Report on sanitation, dispensaries, and jails in Rajputana for 1919, and on vaccination for the year 1919-1920 - 1919-1920
Year: 1919
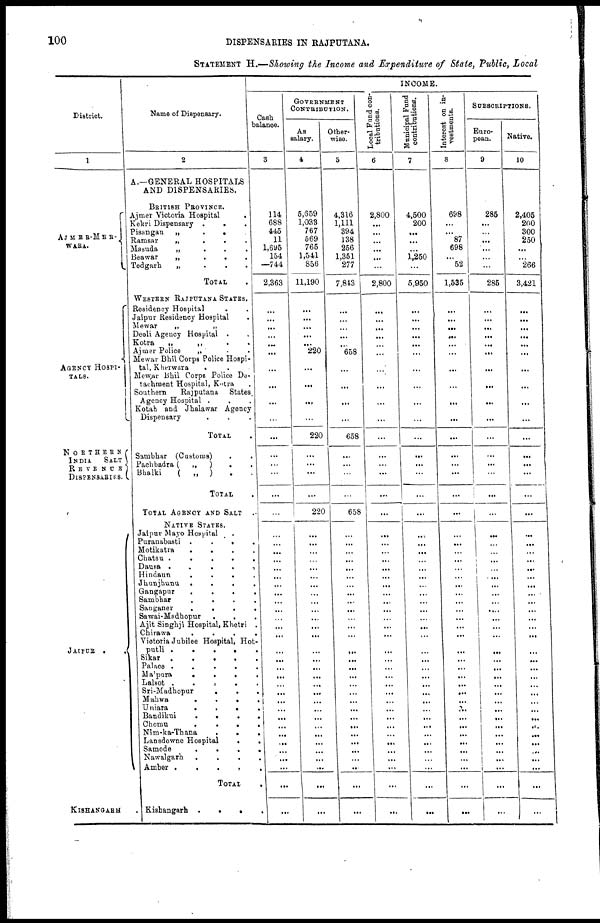
100
DISPENSARIES IN RAJPUTANA.
STATEMENT H.—Showing the Income and Expenditure of State, Public, Local
District.
1
AJMER
MER-
WARA.
AGENCY HOSPI-
----.
NORTHERN
INDIA
SALT
REVENUE
DISPENSARIES.
JAIPUR
.
.
KISHANGARH .
Name of Dispensary.
2
A.—GENERAL HOSPITALS
AND DISPENSARIES.
BRITISH PROVINCE.
Ajmer Victoria Hospital .
Kekri Dispensary .
.
.
Pisangan
„
.
.
.
Ramsar
„
.
.
.
Masuda
„
.
.
.
Beawar
„
.
.
.
Todgarh
„
.
.
.
TOTAL .
WESTERN RAJPUTANA STATES.
Residency Hospital . .
Jaipur Residency Hospital .
Mewar
„
„
Deoli Agency Hospital . .
Kotra
„
„ . .
Ajmer Police
„ . .
Mewar Bhil Corps Police Hospi-
tal, Kherwara . .
Mewar Bhil Corps Police De-
tachment Hospital, Kotra .
Southern
Rajputana
States
Agency Hospital . . .
Kotah and Jhalawar Agency
Dispensary . . .
TOTAL .
Sambhar (Customs) . .
Pachbadra (
„
) . .
Bhalki
(
„
) . .
TOTAL .
TOTAL AGENCY AND SALT .
NATICE STATES.
Jaipur Mayo Hospital .
Puranabasti . . . .
Motikatra
.
.
.
.
Chatsu
.
.
.
.
Dausa
.
.
.
.
Hindaun
.
.
.
.
Jhunjhunu
.
.
.
.
Gangapur
.
.
.
.
Sambhar
.
.
.
.
Sanganer
.
.
.
.
Sawai-Madhopur . . . .
Ajit Singhi Hospital, Khetri .
Chirawa
.
.
.
.
Victoria Jubilee Hospital, Hot-
putli
.
.
.
.
Sikar
.
.
.
.
Palace
.
.
.
.
Malpura
.
.
.
.
Lalsot . . . .
Sri-Madhopur
.
.
.
.
Mahwa
.
.
.
.
Uniara
.
.
.
.
Bandikui
.
.
.
.
Chomu
.
.
.
.
Nim-ka-Thana
.
.
.
Lansdowne Hospital
.
.
Samode
.
.
.
.
Nawalgarh
.
.
.
.
Amber
.
.
.
.
TOTAL .
Kishangarh
.
.
.
.
INCOME.
Cash
balance.
3
114
688
445
11
1,695
154
—744
2,363
...
...
...
...
...
...
...
...
...
...
...
...
...
...
...
...
...
...
...
...
...
...
...
...
...
...
...
...
...
...
...
...
...
...
...
...
...
...
...
...
...
...
...
...
...
...
GOVERNMENT
CONTRIBUTION.
As
salary.
4
5,659
1,033
767
569
765
1,541
856
11,190
...
...
...
...
...
220
...
...
...
...
220
...
...
...
...
220
...
...
...
...
...
...
...
...
...
...
...
...
...
...
...
...
...
...
...
...
...
...
...
...
...
...
...
...
...
...
Other-
wise.
5
4,316
1,111
394
138
256
1,351
277
7,843
...
...
...
...
...
658
...
...
...
...
658
...
...
...
...
658
...
...
...
...
...
...
...
...
...
...
...
...
...
...
...
...
...
...
...
...
...
...
...
...
...
...
...
...
...
...
Local Fund con-
tributions.
6
2,800
...
...
...
...
...
...
2,800
...
...
...
...
...
...
...
...
...
...
...
...
...
...
...
...
...
...
...
...
...
...
...
...
...
...
...
...
...
...
...
...
...
...
...
...
...
...
...
...
...
...
...
...
...
...
Municipal Fund
contributions.
7
4,500
200
...
...
...
1,250
...
5,950
...
...
...
...
...
...
...
...
...
...
...
...
...
...
...
...
...
...
...
...
...
...
...
...
...
...
...
...
...
...
...
...
...
...
...
...
...
...
...
...
...
...
...
...
...
...
Interest on in-
vestments.
8
698
...
...
87
698
...
52
1,535
...
...
...
...
...
...
...
...
...
...
...
...
...
...
...
...
...
...
...
...
...
...
...
...
...
...
...
...
...
...
...
...
...
...
...
...
...
...
...
...
...
...
...
...
...
...
SUBSCRIPTIONS.
Euro-
pean.
9
285
...
...
...
...
...
...
285
...
...
...
...
...
...
...
...
...
...
...
...
...
...
...
...
...
...
...
...
...
...
...
...
...
...
...
...
...
...
...
...
...
...
...
...
...
...
...
...
...
...
...
...
...
...
Native.
10
2,405
200
300
250
...
...
266
3,421
...
...
...
...
...
...
...
...
...
...
...
...
...
...
...
...
...
...
...
...
...
...
...
...
...
...
...
...
...
...
...
...
...
...
...
...
...
...
...
...
...
...
...
...
...
...